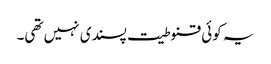
یہ کوئی قنوطیت پسندی نہیں تھی۔